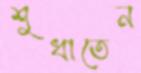
শুধাতেন